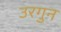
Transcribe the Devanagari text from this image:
उरगुन